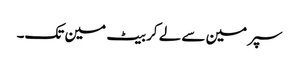
سپر مین سے لے کر بیٹ مین تک۔